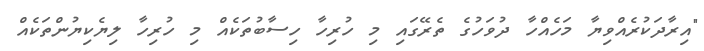
"އިރާދަކުރެއްވިޔާ މަހެއްހާ ދުވަހުގެ ތެރޭގައި މި ހުރިހާ ހިސާބުތަކެއް މި ހުރިހާ ލިޔެކިޔުންތަކެއް